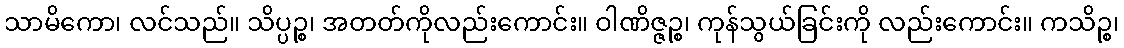
သာမိကော၊ လင်သည်။ သိပ္ပဉ္စ၊ အတတ်ကိုလည်းကောင်း။ ဝါဏိဇ္ဇဉ္စ၊ ကုန်သွယ်ခြင်းကို လည်းကောင်း။ ကသိဉ္စ၊